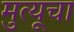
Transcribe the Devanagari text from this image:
मुत्यूचा